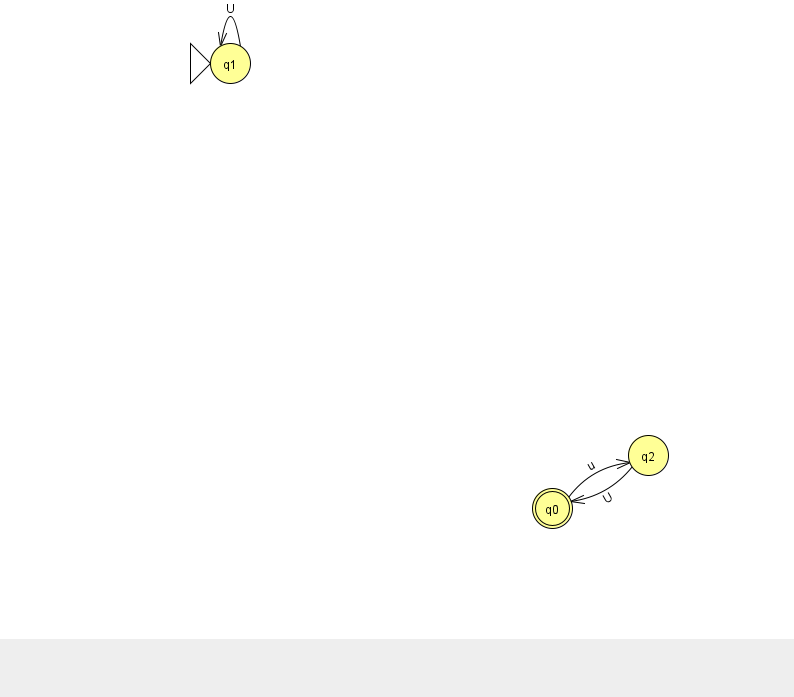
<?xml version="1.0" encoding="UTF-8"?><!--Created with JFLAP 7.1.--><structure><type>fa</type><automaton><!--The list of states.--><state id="0" name="q0"><x>552.0</x><y>495.0</y><final/></state><state id="1" name="q1"><x>230.0</x><y>50.0</y><initial/></state><state id="2" name="q2"><x>648.0</x><y>442.0</y></state><!--The list of transitions.--><transition><from>1</from><to>1</to><read>U</read></transition><transition><from>0</from><to>2</to><read>u</read></transition><transition><from>2</from><to>0</to><read>U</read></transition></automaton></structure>